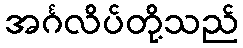
အင်္ဂလိပ်တို့သည်